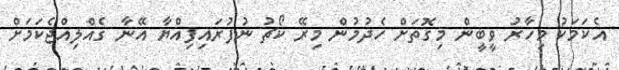
އެކަމަކު މިހާރު ވީބީން މިގޮތަށް ހެދުމުން މިރޭ ކޯޗު ނުފުރައިފިއްޔާ އޭނާ ގެއްލިއްޖެކަމަށް